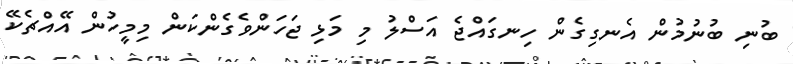
ބުނި ބުނުމުން އެނގިގެން ހިނގައްޖެ އަސްލު މި މަޅި ޖަހަންވެގެންކަން މިމީހުން އޭއްޗެކޭ